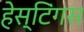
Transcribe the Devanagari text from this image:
हेस्टिंगस